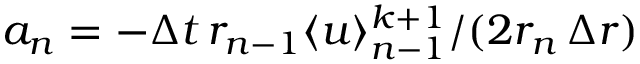
a _ { n } = - \Delta t \, r _ { n - 1 } \langle u \rangle _ { n - 1 } ^ { k + 1 } / ( 2 r _ { n } \, \Delta r )